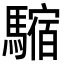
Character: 𩥿